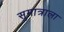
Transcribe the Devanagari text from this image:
सुमात्राला